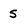
Character: S